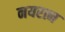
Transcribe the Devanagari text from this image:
नयरत्न